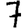
Digit: 7